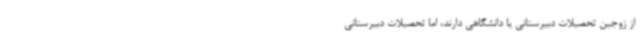
از زوجین تحصیلات دبیرستانی یا دانشگاهی دارند، اما تحصیلات دبیرستانی